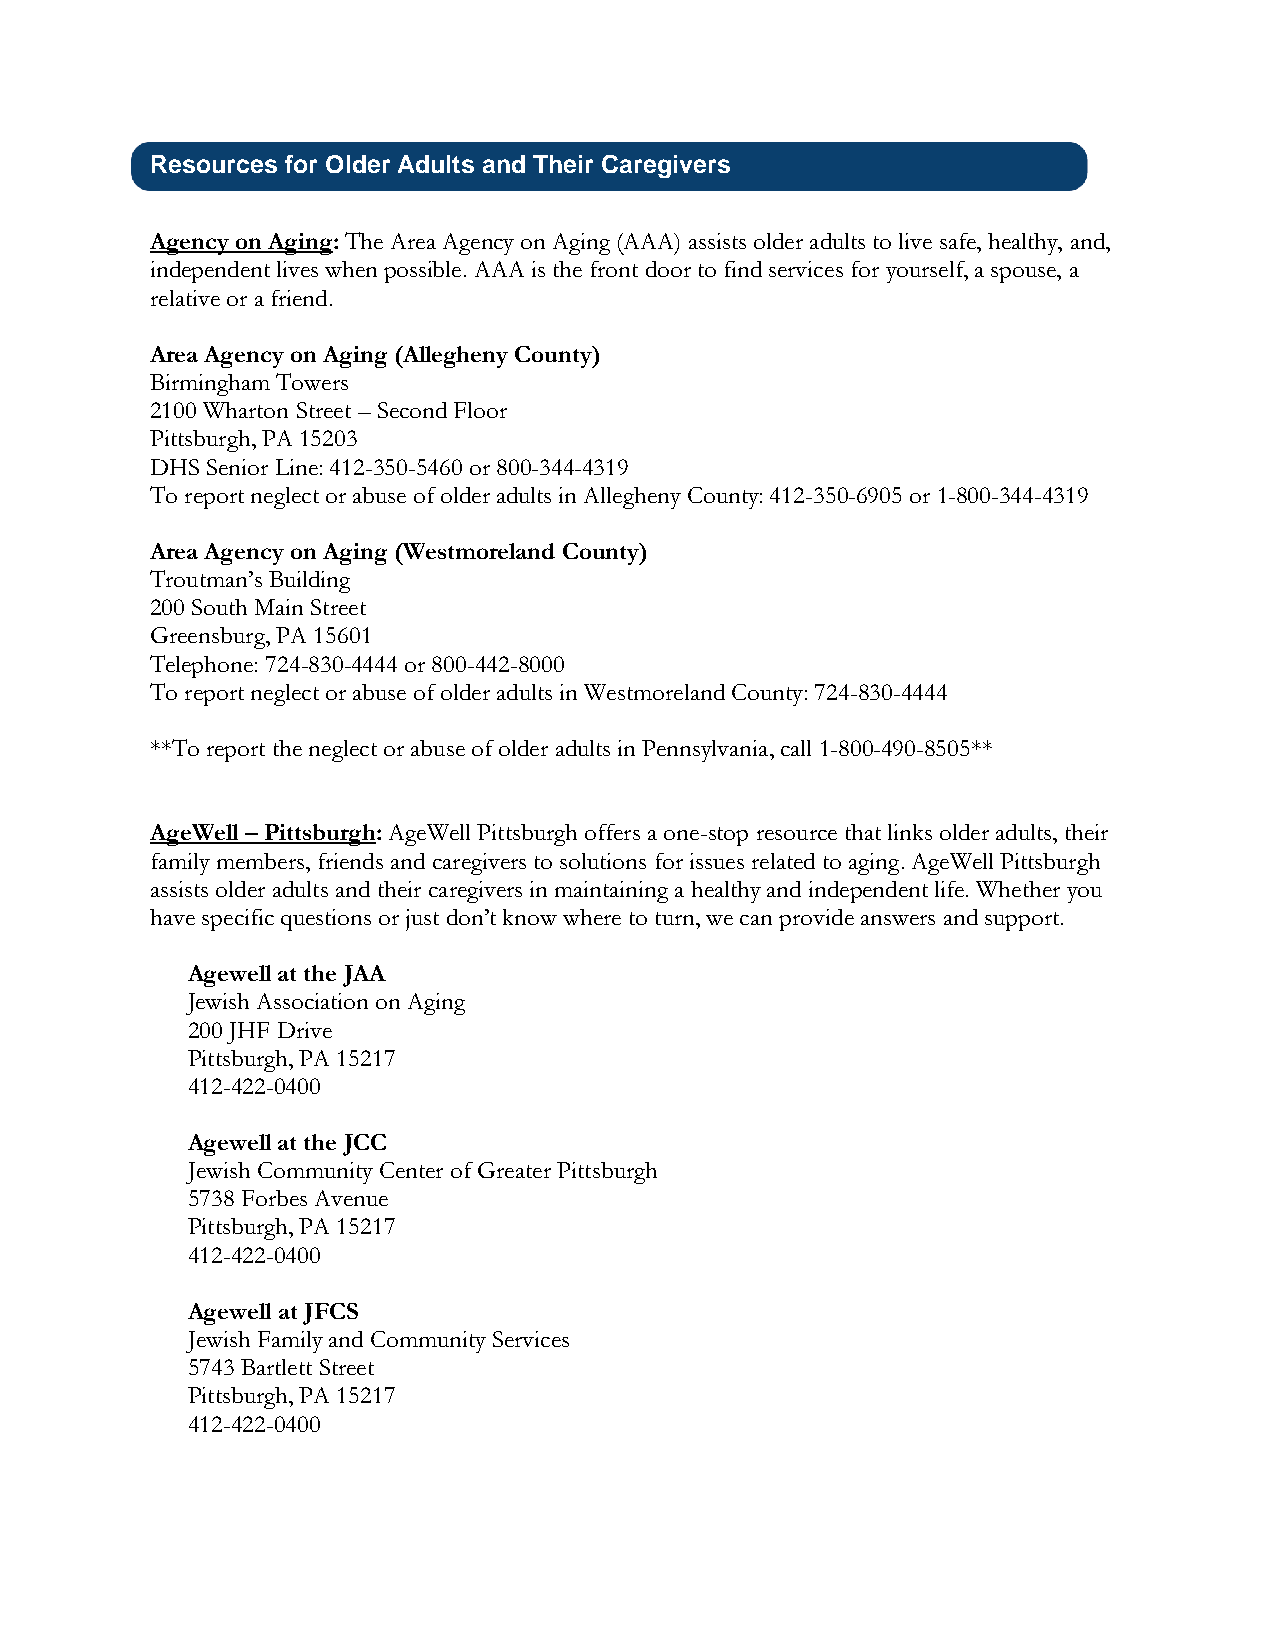
Resources for Older Adults and Their Caregivers
 Agency on Aging: The Area Agency on Aging (AAA) assists older adults to live safe, healthy, and,
 independent lives when possible. AAA is the front door to find services for yourself, a spouse, a
 relative or a friend.
 Area Agency on Aging (Allegheny County)
 Birmingham Towers
 2100 Wharton Street – Second Floor
 Pittsburgh, PA 15203
 DHS Senior Line: 412-350-5460 or 800-344-4319
 To report neglect or abuse of older adults in Allegheny County: 412-350-6905 or 1-800-344-4319
 Area Agency on Aging (Westmoreland County)
 Troutman’s Building
 200 South Main Street
 Greensburg, PA 15601
 Telephone: 724-830-4444 or 800-442-8000
 To report neglect or abuse of older adults in Westmoreland County: 724-830-4444
 **To report the neglect or abuse of older adults in Pennsylvania, call 1-800-490-8505**
 AgeWell – Pittsburgh: AgeWell Pittsburgh offers a one-stop resource that links older adults, their
 family members, friends and caregivers to solutions for issues related to aging. AgeWell Pittsburgh
 assists older adults and their caregivers in maintaining a healthy and independent life. Whether you
 have specific questions or just don’t know where to turn, we can provide answers and support.
 Agewell at the JAA
 Jewish Association on Aging
 200 JHF Drive
 Pittsburgh, PA 15217
 412-422-0400
 Agewell at the JCC
 Jewish Community Center of Greater Pittsburgh
 5738 Forbes Avenue
 Pittsburgh, PA 15217
 412-422-0400
 Agewell at JFCS
 Jewish Family and Community Services
 5743 Bartlett Street
 Pittsburgh, PA 15217
 412-422-0400